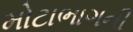
મોટાભાગની